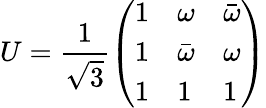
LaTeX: U=\frac{1}{\sqrt{3}}\left(\begin{array}{lll}{{1}}&{{\omega}}&{{\bar{\omega}}}\\ {{1}}&{{\bar{\omega}}}&{{\omega}}\\ {{1}}&{{1}}&{{1}}\end{array}\right)